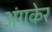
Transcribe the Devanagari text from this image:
अंगकेर